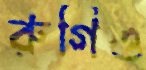
রুগিও